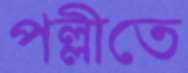
পল্লীতে